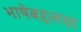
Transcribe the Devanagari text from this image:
भाषेबद्दलचा